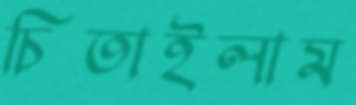
চিতাইলাম